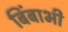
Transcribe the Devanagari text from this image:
बिंबाभी